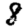
Digit: 8